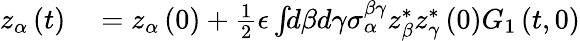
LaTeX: \begin{array}{rl}{z_{\alpha}\left(t\right)}&{{}=z_{\alpha}\left(0\right)+\frac{1}{2}\epsilon\int\! \! d\beta d\gamma\sigma_{\alpha}^{\beta\gamma}z_{\beta}^{*}z_{\gamma}^{*}\left(0\right)G_{1}\left(t,0\right)}\end{array}